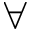
\forall